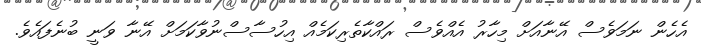
އެހެން ނަމަވެސް އޭނާއަށް މިހާރު އެއްވެސް ރައްކާތެރިކަމެއް އިހުސާސްނުވާކަމަށް އޭނާ ވަނީ ބުނެފައެވެ.